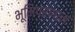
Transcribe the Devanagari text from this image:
भूमिप्रणाम